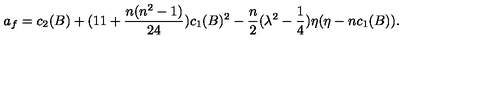
a _ { f } = c _ { 2 } ( B ) + ( 1 1 + \frac { n ( n ^ { 2 } - 1 ) } { 2 4 } ) c _ { 1 } ( B ) ^ { 2 } - \frac { n } { 2 } ( \lambda ^ { 2 } - \frac { 1 } { 4 } ) \eta ( \eta - n c _ { 1 } ( B ) ) .